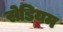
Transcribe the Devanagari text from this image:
सेडियम